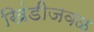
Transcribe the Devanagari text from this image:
खिंडीजवळ